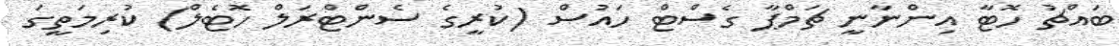
ބައްޗު ހޮޓާ އިންނާނީ ޗަމްޕާ ގެސްޓް ހައުސް (ކުރީގެ ސެންޓްރަލް ހޮޓެލް) ކުރިމަތީގަ